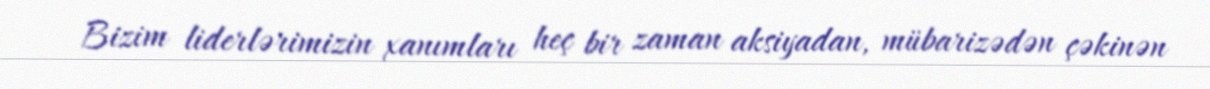
Bizim liderlərimizin xanımları heç bir zaman aksiyadan, mübarizədən çəkinən